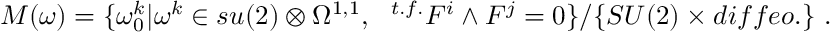
{ \cal M } ( \omega ) = \{ \omega _ { 0 } ^ { k } \vert \omega ^ { k } \in s u ( 2 ) \otimes \Omega ^ { 1 , 1 } , ~ ~ { } ^ { t . f . } F ^ { i } \wedge F ^ { j } = 0 \} / \{ S U ( 2 ) \times d i f f e o . \} \ .